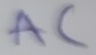
Text: AC